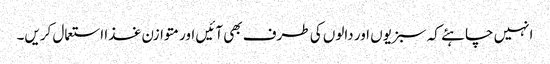
انہیں چاہئے کہ سبزیوں اور دالوں کی طرف بھی آئیں اور متوازن غذا استعمال کریں۔